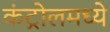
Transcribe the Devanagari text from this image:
कंट्रोलमध्ये